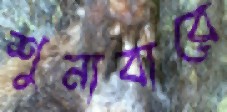
শুনাবারে